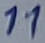
Text: 11